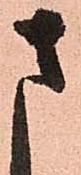
さ